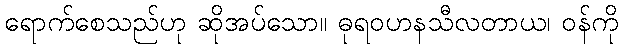
ရောက်စေသည်ဟု ဆိုအပ်သော။ ဓုရဝဟနသီလတာယ၊ ဝန်ကို